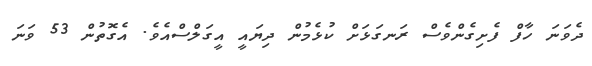
ދެވަނަ ހާފް ފެށިގެންވެސް ރަނގަޅަށް ކުޅެމުން ދިޔައީ އީގަލްސްއެވެ. އެގޮތުން 53 ވަނަ